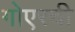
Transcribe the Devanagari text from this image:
गोएरची